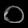
Digit: ၀